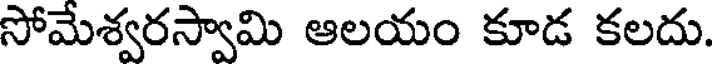
సోమేశ్వరస్వామి ఆలయం కూడ కలదు.